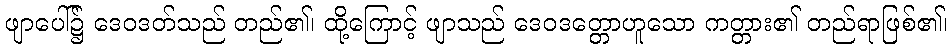
ဖျာပေါ်၌ ဒေဝဒတ်သည် တည်၏၊ ထို့ကြောင့် ဖျာသည် ဒေဝဒတ္တောဟူသော ကတ္တား၏ တည်ရာဖြစ်၏၊